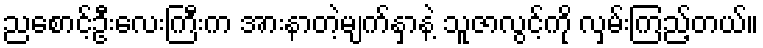
ညစောင့်ဦးလေးကြီးက အားနာတဲ့မျက်နှာနဲ့ သူဇာလွင့်ကို လှမ်းကြည့်တယ်။